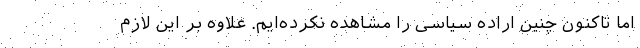
اما تاکنون چنین اراده سیاسی را مشاهده نکرده‌ایم. علاوه بر این لازم